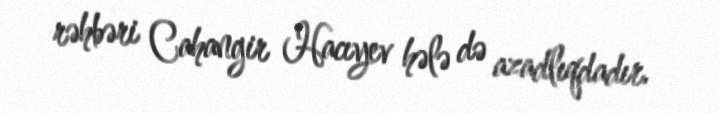
rəhbəri Cahangir Hacıyev hələ də azadlıqdadır.